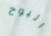
البوح